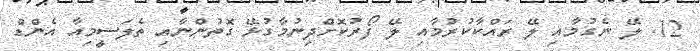
12. ލޭ ނެގުމާއި ލޭ ރައްކާކުރުމާއި ލޭ ފޯރުކޮށްދިނުމާގުޅޭ ގޮތުންނާއި ތެލަސީމިއާ އެންޑް